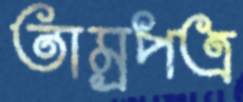
তাম্রপত্র